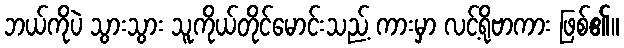
ဘယ်ကိုပဲ သွားသွား သူကိုယ်တိုင်မောင်းသည့် ကားမှာ လင့်ရိုဗာကား ဖြစ်၏။